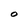
Character: O